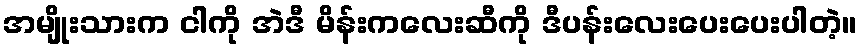
အမျိုးသားက ငါကို အဲဒီ မိန်းကလေးဆီကို ဒီပန်းလေးပေးပေးပါတဲ့။